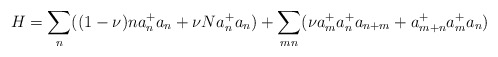
\begin{align*}H= \sum_{n}((1-\nu)na_{n}^{+}a_n +\nu Na_{n}^{+}a_n) +\sum_{mn}(\nu a_{m}^{+}a_{n}^{+}a_{n+m} +a_{m+n}^{+}a_{m}^{+}a_{n})\end{align*}